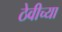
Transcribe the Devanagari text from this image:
ठेवीच्या